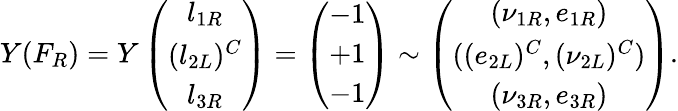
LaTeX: Y(F_{R})=Y\left(\begin{array}{c}{{l_{1R}}}\\ {{(l_{2L})^{C}}}\\ {{l_{3R}}}\end{array}\right)=\left(\begin{array}{c}{{-1}}\\ {{+1}}\\ {{-1}}\end{array}\right)\sim\left(\begin{array}{c}{{(\nu_{1R},e_{1R})}}\\ {{((e_{2L})^{C},(\nu_{2L})^{C})}}\\ {{(\nu_{3R},e_{3R})}}\end{array}\right).